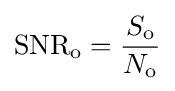
\mathrm {SNR_{o}} ={\frac {S_{\mathrm {o} }}{N_{\mathrm {o} }}}